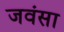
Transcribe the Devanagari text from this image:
जवंसा